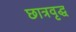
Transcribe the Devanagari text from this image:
छात्रवृद्ध